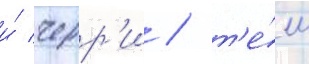
и́ черр'и / т'е́м